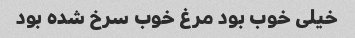
خیلی خوب بود مرغ خوب سرخ شده بود